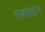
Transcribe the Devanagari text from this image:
सबलदान